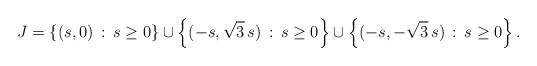
LaTeX: \begin{align*}J =\left\{(s,0)\,:\, s\geq 0\right\}\cup \left\{(-s,\sqrt{3} \,s)\,:\, s\geq 0\right\}\cup\left\{(-s,-\sqrt{3}\, s)\,:\, s\geq 0\right\}.\end{align*}